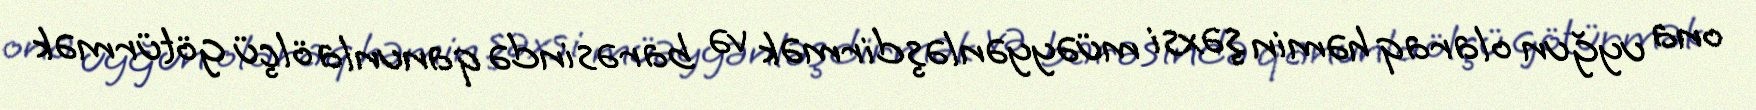
ona uyğun olaraq həmin şəxsi müəyyənləşdirmək və barəsində qanunla ölçü götürmək